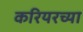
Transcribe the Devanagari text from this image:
करियरच्या